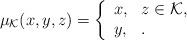
LaTeX: \begin{align*}\mu_\mathcal{K}(x,y,z)=\left\{\begin{array}{ll}x, & z \in \mathcal{K},\\y, & .\end{array}\right.\end{align*}